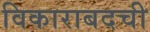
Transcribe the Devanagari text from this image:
विकाराबदची